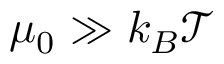
\mu _ { 0 } \gg k _ { B } \mathcal { T }